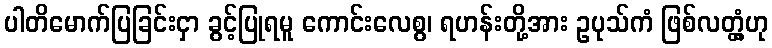
ပါတိမောက်ပြခြင်းငှာ ခွင့်ပြုရမူ ကောင်းလေစွ၊ ရဟန်းတို့အား ဥပုသ်ကံ ဖြစ်လတ္တံ့ဟု